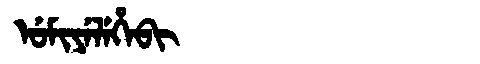
Manchu: ᡠᠮᡳᠶᡝᠯᡝᡥᡝᠪᡳ
Romanization: UMIYELEHEBI